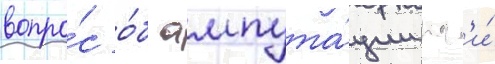
вопро́с о́б ампута́ции ног'и́